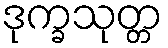
ဒုက္ခသုတ္တ